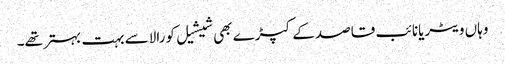
وہاں ویٹریانائب قاصدکے کپڑے بھی شیشیل کورالاسے بہت بہتر تھے۔